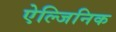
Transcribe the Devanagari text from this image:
ऐल्जिनिक